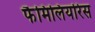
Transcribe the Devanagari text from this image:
फैमिलियरिस